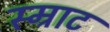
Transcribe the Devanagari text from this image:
स्म्राट